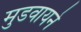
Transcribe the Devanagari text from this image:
मुडवायने